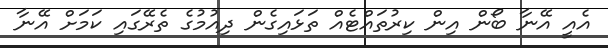
އެއީ އޭނާ ބޯން އިން ކިރުތައްޓެއް ތަޅައިގެން ދިއުމުގެ ތެރޭގައި ކަމަށް އޭނާ